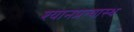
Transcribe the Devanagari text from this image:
श्यानप्रत्यास्थ